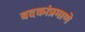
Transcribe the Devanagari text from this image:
बदकांप्रमाणे